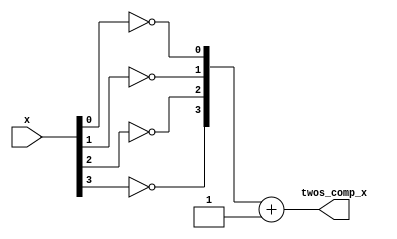
module twos_comp #(parameter
DATA_WIDTH = 4
)(
input  wire [DATA_WIDTH-1:0] x,
output wire [DATA_WIDTH-1:0] twos_comp_x
);
reg  [DATA_WIDTH-1:0] ones_comp_x ;
integer i;
always @ (*)
    begin
for (i=0 ; i< DATA_WIDTH ; i = i + 1 )
    begin
ones_comp_x [i] = !x[i] ;
    end
    end
assign twos_comp_x = ones_comp_x + 'b1 ;
endmodule